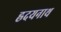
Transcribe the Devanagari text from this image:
ह्रदयनाथ